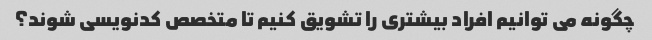
چگونه می توانیم افراد بیشتری را تشویق کنیم تا متخصص کدنویسی شوند؟